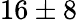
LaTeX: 16\pm 8